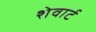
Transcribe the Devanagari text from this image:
शेवार्ट